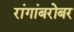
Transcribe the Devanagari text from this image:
रांगांबरोबर